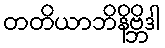
တတိယာဘိနိဗ္ဘိဒါ